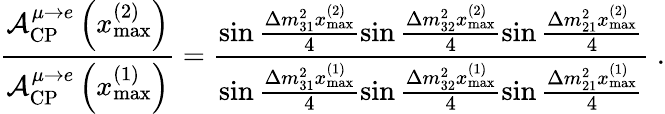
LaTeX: \frac{\mathcal{A}_{\mathrm{CP}}^{\mu\rightarrow e}\left(x_{\mathrm{max}}^{(2)}\right)}{\mathcal{A}_{\mathrm{CP}}^{\mu\rightarrow e}\left(x_{\mathrm{max}}^{(1)}\right)}=\frac{\sin\frac{\Delta m_{31}^{2}x_{\mathrm{max}}^{(2)}}{4}\sin\frac{\Delta m_{32}^{2}x_{\mathrm{max}}^{(2)}}{4}\sin\frac{\Delta m_{21}^{2}x_{\mathrm{max}}^{(2)}}{4}}{\sin\frac{\Delta m_{31}^{2}x_{\mathrm{max}}^{(1)}}{4}\sin\frac{\Delta m_{32}^{2}x_{\mathrm{max}}^{(1)}}{4}\sin\frac{\Delta m_{21}^{2}x_{\mathrm{max}}^{(1)}}{4}}\; .